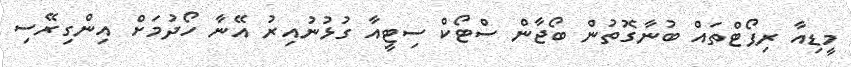
މީޑިއާ ރިޕޯޓްތައް ބުނާގޮތުން ބޯޖާން ސްޓޯކް ސިޓީއާ ގުޅުނުއިރު އޭނާ ހޯދުމަށް އިންގިރޭސި